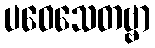
ပဝေသေတဗ္ဗာ